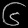
Digit: ၆